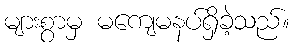
များစွာမှ မကျေမနပ်ရှိခဲ့သည်။